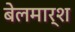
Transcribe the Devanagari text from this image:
बेलमार्श